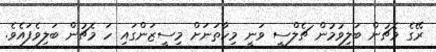
ރޭގެ މެޗުން ބަލިވުމުން ޗެލްސީ ވަނީ މިހާތަނަށް މިސީޒަންގައި ހަ މެޗުން ބަލިވެފައެވެ.